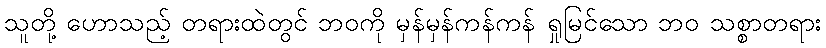
သူတို့ ဟောသည့် တရားထဲတွင် ဘဝကို မှန်မှန်ကန်ကန် ရှုမြင်သော ဘဝ သစ္စာတရား